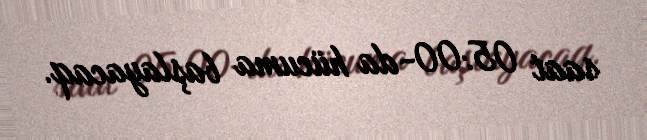
saat 05:00-da hücuma başlayacaq.